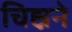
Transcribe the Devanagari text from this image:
चिह्नने